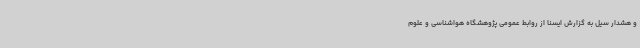
و هشدار سیل به گزارش ایسنا از روابط عمومی پژوهشگاه هواشناسی و علوم